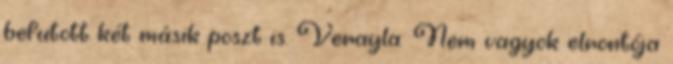
befutott két másik poszt is. Verayla: Nem vagyok elrontója